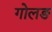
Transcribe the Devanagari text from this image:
गोलङ